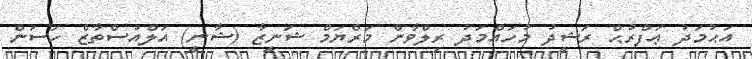
އަޙުމަދު ޢަފްރުޙް ރަޝީދު މުހައްމަދު ރިލްވާން މަރްޔަމް ޝަނީޒާ (ޝާނީ) އަލްއުސްތާޒް ހަސަން